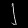
Digit: ၂